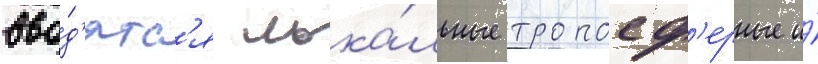
вво́д'ятс'я лока́льные тропосф'ерные и́